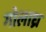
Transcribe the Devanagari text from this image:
गोलाध्र